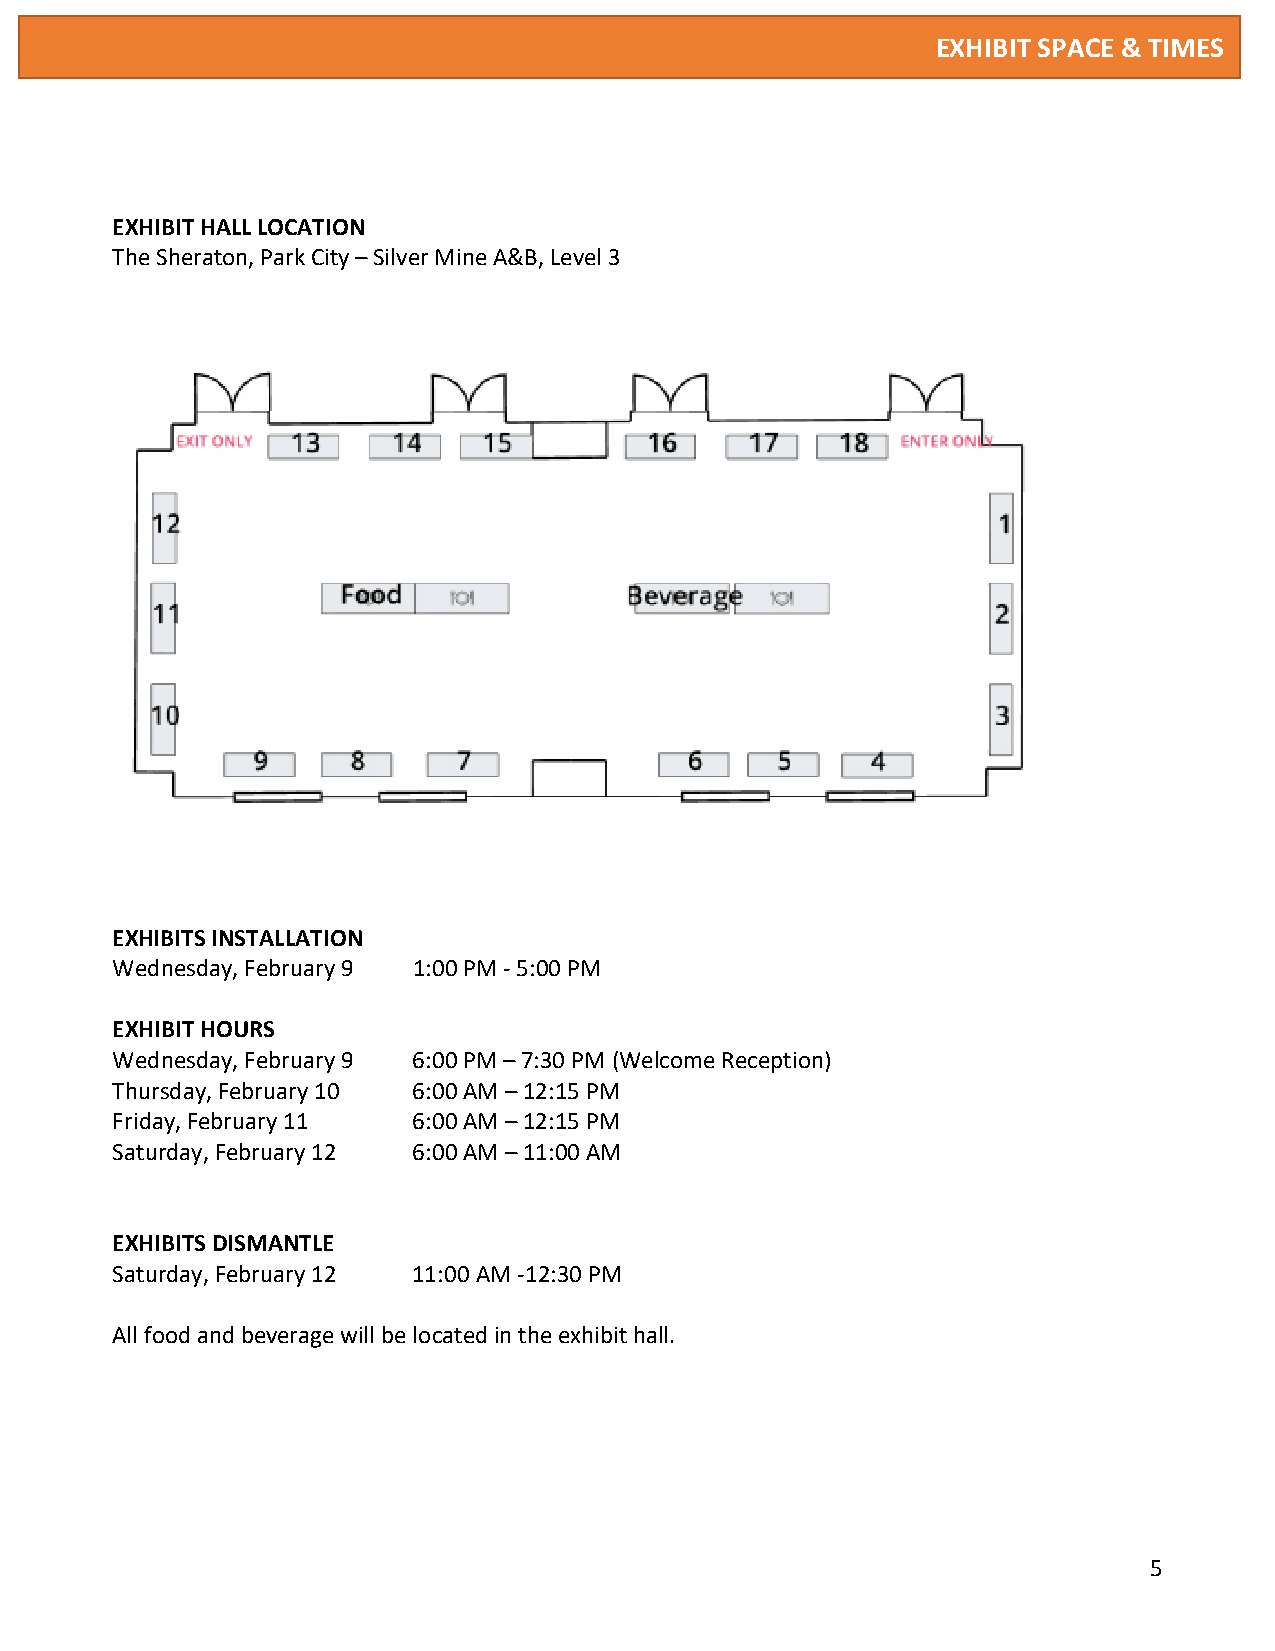
EXHIBIT SPACE & TIMES
 EXHIBIT HALL LOCATION
 The Sheraton, Park City – Silver Mine A&B, Level 3
 EXHIBITS INSTALLATION
 Wednesday, February 9 1:00 PM - 5:00 PM
 EXHIBIT HOURS
 Wednesday, February 9 6:00 PM – 7:30 PM (Welcome Reception)
 Thursday, February 10 6:00 AM – 12:15 PM
 Friday, February 11 6:00 AM – 12:15 PM
 Saturday, February 12 6:00 AM – 11:00 AM
 EXHIBITS DISMANTLE
 Saturday, February 12 11:00 AM -12:30 PM
 All food and beverage will be located in the exhibit hall.
 5